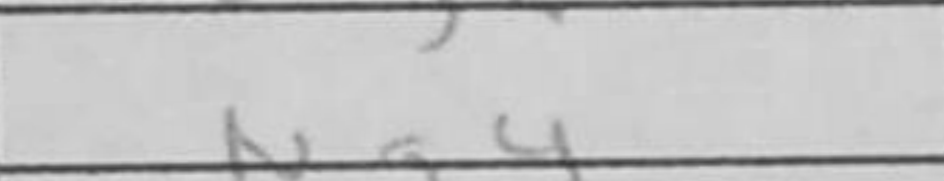
Transcription: Ng4